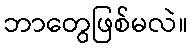
ဘာတွေဖြစ်မလဲ။